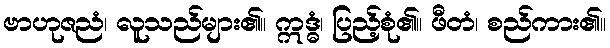
ဗာဟုဇညံ၊ လူသည်များ၏။ ဣဒ္ဓံ၊ ပြည့်စုံ၏။ ဖီတံ၊ စည်ကား၏။